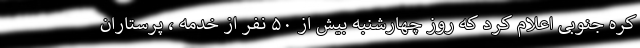
کره جنوبی اعلام کرد که روز چهارشنبه بیش از ۵۰ نفر از خدمه ، پرستاران